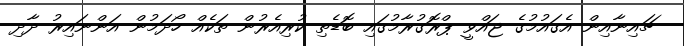
ޗައިނާއިން އެގައުމުގެ ޖައްވީ ޕްރޮގުރާމުގައި ބޮޑެތި ކުރިއެރުން ތަކެއް ހޯދަމުން އަންނައިރު ދާދި